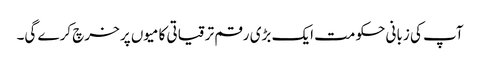
آپ کی زبانی حکومت ایک بڑی رقم ترقیاتی کامیوں پر خرچ کرے گی۔